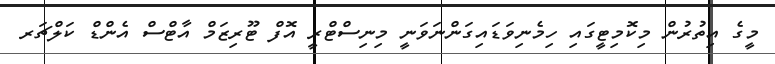
މީގެ އިތުރުން މިކޮމިޓީގައި ހިމެނިވަޑައިގަންނަވަނީ މިނިސްޓްރީ އޮފް ޓޫރިޒަމް އާޓްސް އެންޑް ކަލްޗަރ